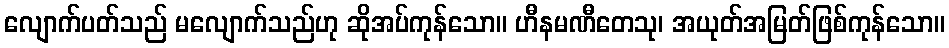
လျောက်ပတ်သည် မလျောက်သည်ဟု ဆိုအပ်ကုန်သော။ ဟီနမဏီတေသု၊ အယုတ်အမြတ်ဖြစ်ကုန်သော။